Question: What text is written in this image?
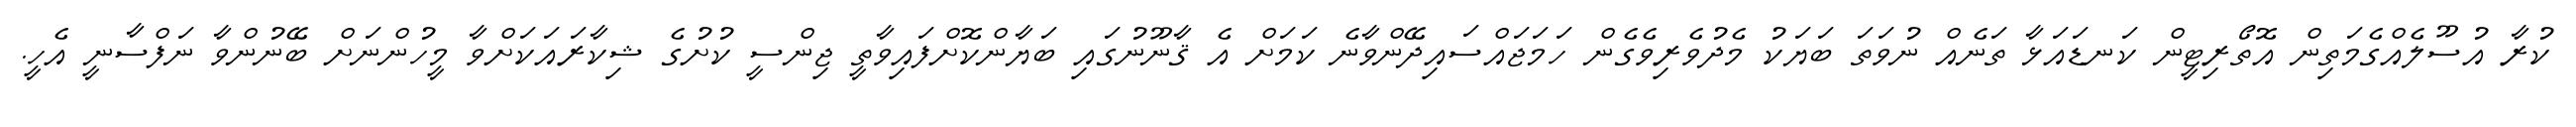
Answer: ކުރާ އުސޫލެއްގެމަތިން އޮތޯރިޓީން ކަނޑައަޅާ ތަނެއް ނުވަތަ ބަޔަކު މެދުވެރިވެގެން ހަމަޖައްސައިދޭންވާނެ ކަމަށް އެ ޤާނޫނުގައި ބަޔާންކޮށްފައިވާތީ ޖިންސީ ކުށުގެ ޝިކާރައަކަށްވާ މީހުންނަށް ބޭނުންވާ ނަފްސާނީ އެހީ.